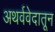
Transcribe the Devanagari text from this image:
अथर्ववेदातून